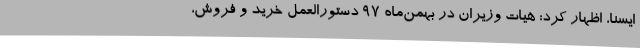
ایسنا، اظهار کرد: هیات وزیران در بهمن‌ماه 97 دستورالعمل خرید و فروش،